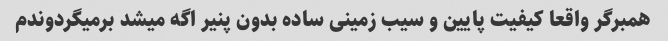
همبرگر واقعا کیفیت پایین و سیب زمینی ساده بدون پنیر اگه میشد برمیگردوندم